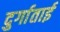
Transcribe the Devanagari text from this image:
दुर्गाताई